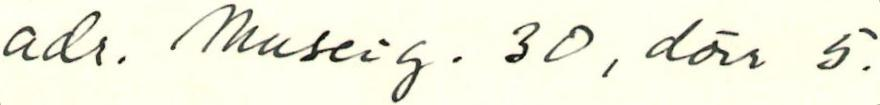
adr. Museig. 30, dörr 5.